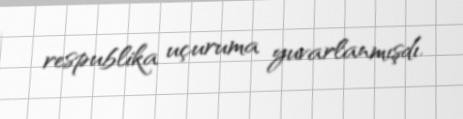
respublika uçuruma yuvarlanmışdı.